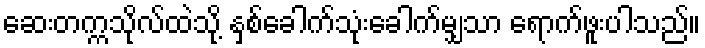
ဆေးတက္ကသိုလ်ထဲသို့ နှစ်ခေါက်သုံးခေါက်မျှသာ ရောက်ဖူးပါသည်။